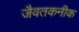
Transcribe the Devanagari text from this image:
जैवतकनीक